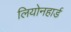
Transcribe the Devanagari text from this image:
लियोनहार्ड